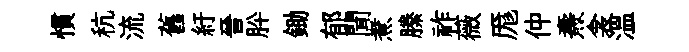
慣秔流舊紆晉肸鋤郁聞煮縢祚薇厖仲燾衾温